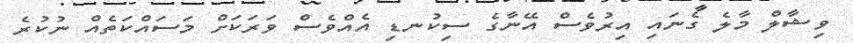
ވިޝާލް މާލެ ގެނައި އިރުވެސް އޭނާގެ ސިކުނޑި އެއްވެސް ވަރަކަށް މަސައްކަތެއް ނުކުރެ